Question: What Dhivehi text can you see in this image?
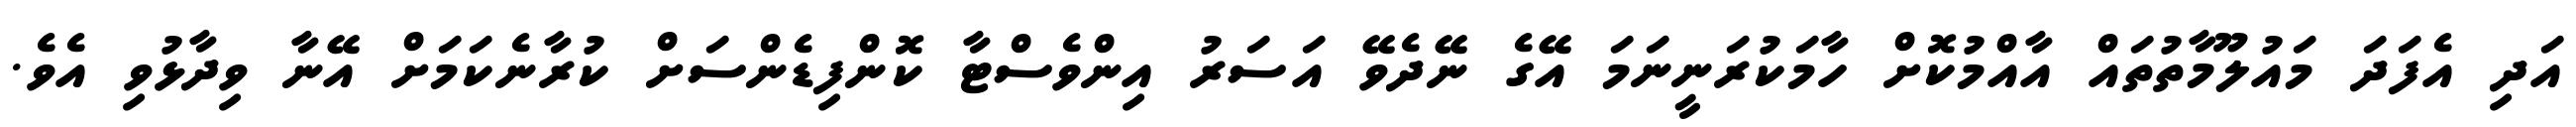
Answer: އަދި އެފަދަ މައުލޫމާތުތައް އާއްމުކޮށް ހާމަކުރަނީނަމަ އޭގެ ނޭދެވޭ އަސަރު އިންވެސްޓާ ކޮންފިޑެންސަށް ކުރާނެކަމަށް އޭނާ ވިދާޅުވި އެވެ.